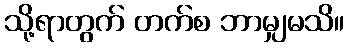
သို့ရာတွက် တက်စ ဘာမျှမသိ။